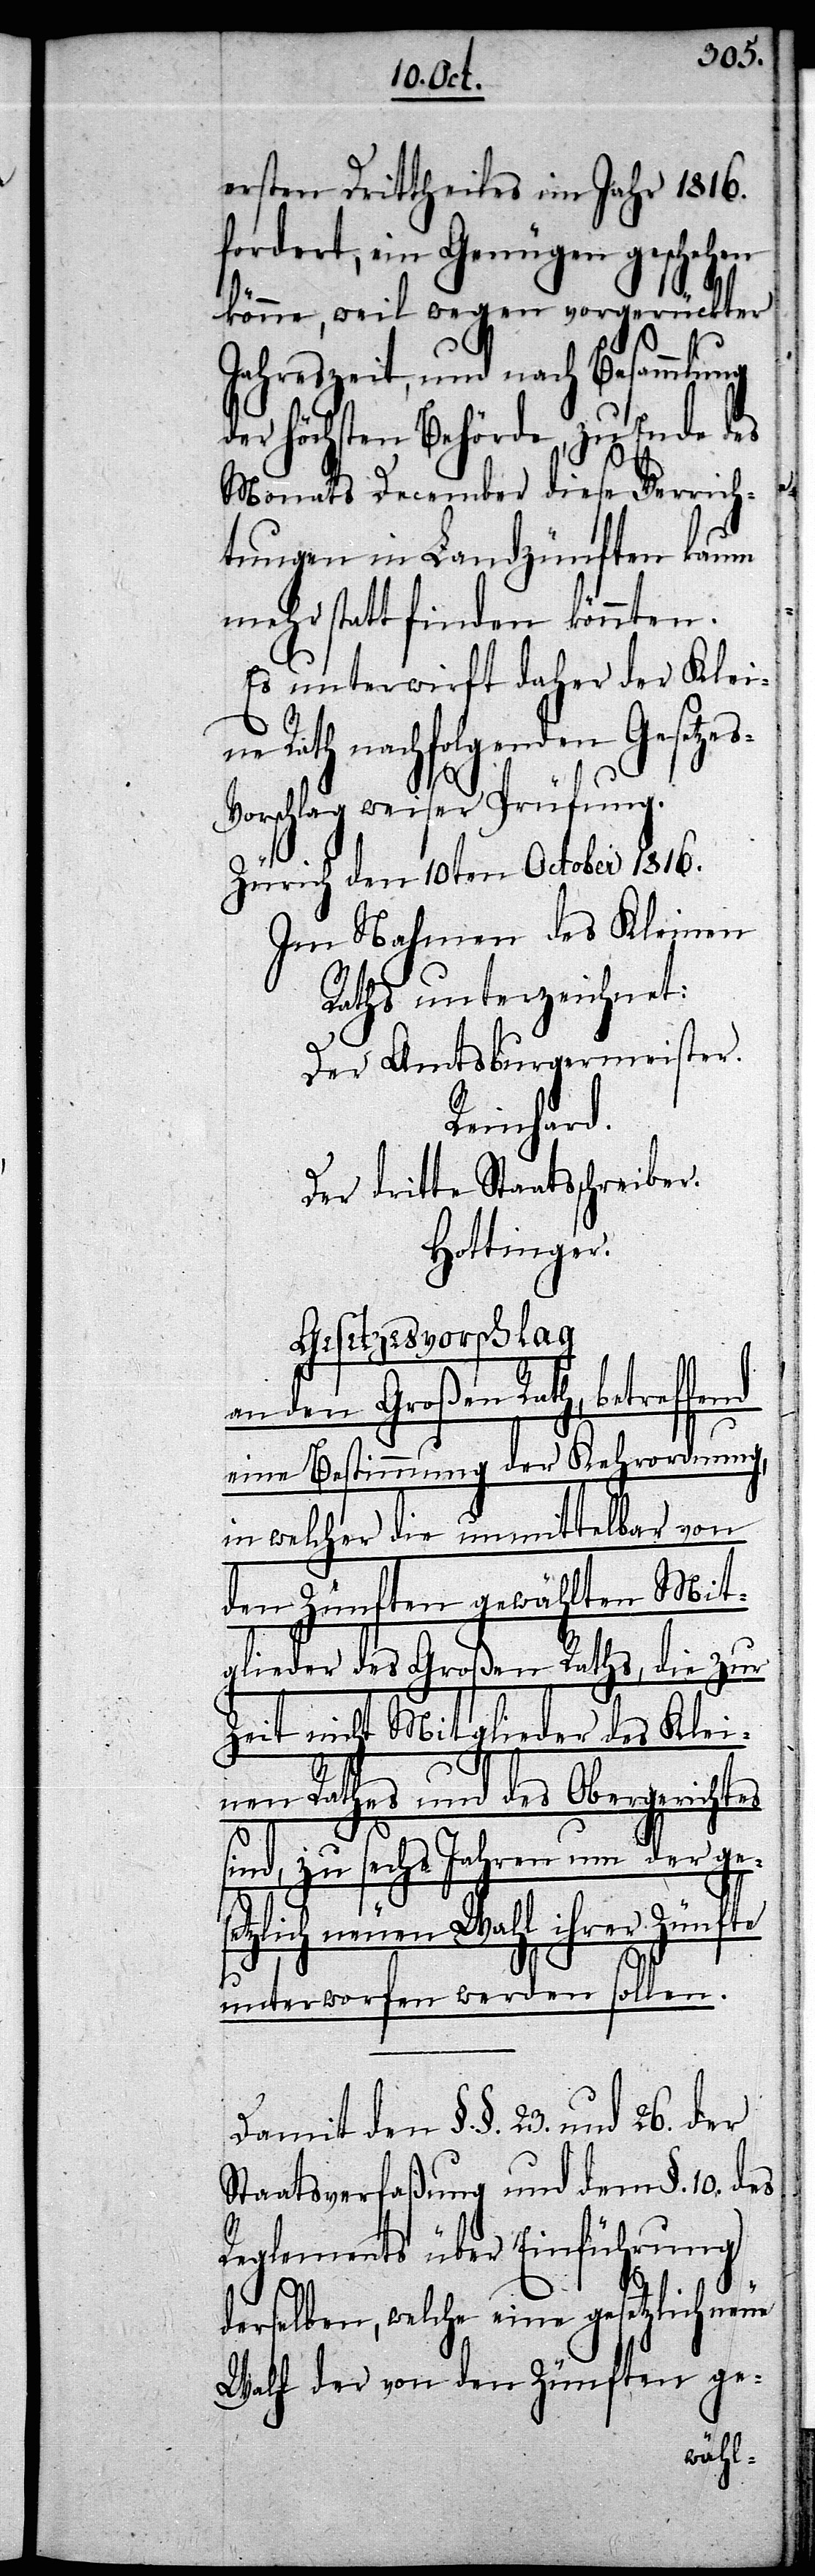
s-V¬
ersten Drittheiles im Jahr 1816.
fordert, ein Genügen geschehen
könne, weil wegen vorgerückter
Jahreszeit, und nach Besammlu¬
der höchsten Behörde, zu Ende des
Monats December diese Verrich¬
tungen in Landzünften kaum
mehr statt finden könnten.
Es unterwirft daher der Klein¬
e Rath nachfolgenden Gesetze¬
orschlag weiser Prüfung.
Zürich den 10ten October 1816.
Im Nahmen des Kleinen
Raths unterzeichnet:
Der Amtsburgermeister.
Reinhard.
Der dritte Staatsschreiber.
Hottinger.
Gesetzesvorschlag
an den Großen Rath,
eine Bestimmung der Kehrordnung,
in welcher die unmittelbar von
den Zünften gewählten Mit¬
glieder des Großen Raths, die zur
Zeit nicht Mitglieder des Klei¬
ng
nen Rathes und des Obergerichtes
des
sind, zu sechs Jahren um der ges¬
etzlich neuen Wahl ihrer Zünfte
unterworfen werden sollen.
Damit den §. §. 23. und 26. der
Staatsverfaßung und dem §. 10. des
Reglements über Einführung
derselben, welche eine gesetzlich neue
Wahl der von den Zünften ge-